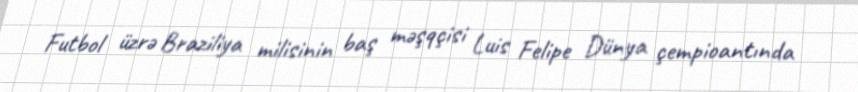
Futbol üzrə Braziliya milisinin baş məşqçisi Luis Felipe Dünya çempioantında